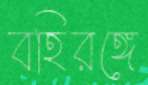
বহিরঙ্গে